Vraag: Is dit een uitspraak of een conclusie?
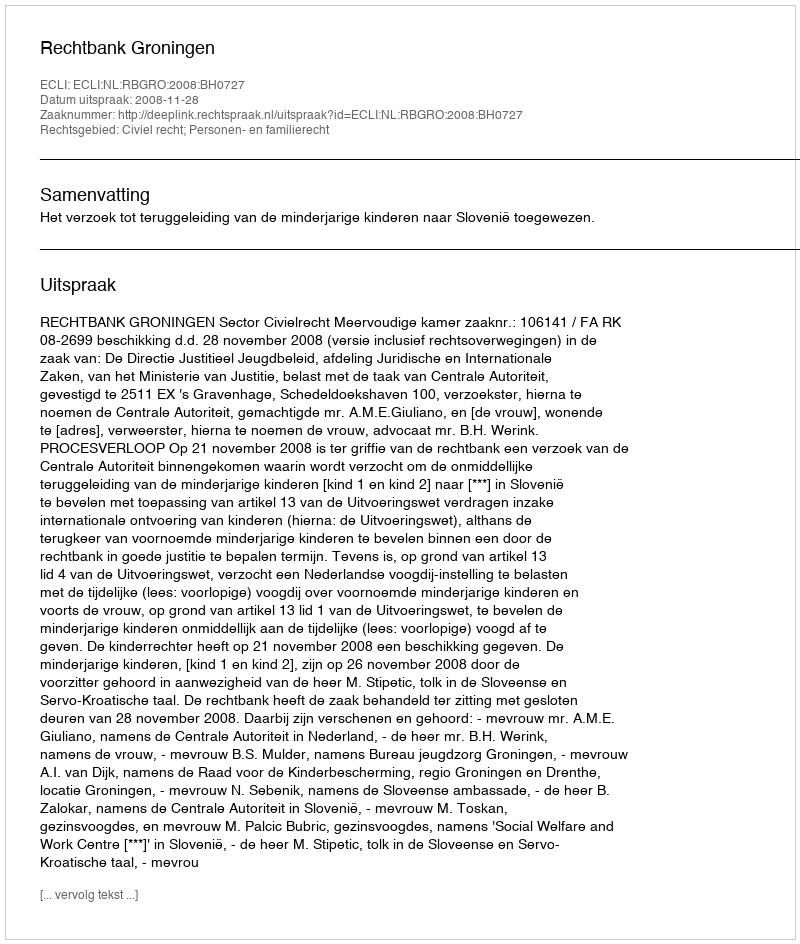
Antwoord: Uitspraak